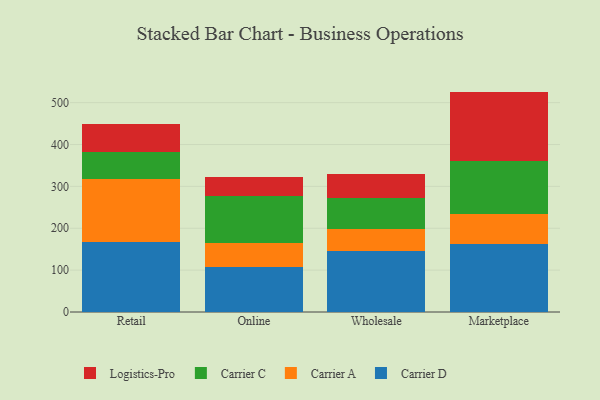
{"axis": {"x": "Channel", "y": "Bounce Rate (%)"}, "legend": ["Carrier A", "Carrier C", "Carrier D", "Logistics-Pro"], "data": [{"x": "Retail", "y": 167.2, "type": "Carrier D"}, {"x": "Retail", "y": 150.3, "type": "Carrier A"}, {"x": "Retail", "y": 64.4, "type": "Carrier C"}, {"x": "Retail", "y": 66.5, "type": "Logistics-Pro"}, {"x": "Online", "y": 108.1, "type": "Carrier D"}, {"x": "Online", "y": 55.9, "type": "Carrier A"}, {"x": "Online", "y": 114.1, "type": "Carrier C"}, {"x": "Online", "y": 43.4, "type": "Logistics-Pro"}, {"x": "Wholesale", "y": 146.2, "type": "Carrier D"}, {"x": "Wholesale", "y": 52.2, "type": "Carrier A"}, {"x": "Wholesale", "y": 74.9, "type": "Carrier C"}, {"x": "Wholesale", "y": 55.3, "type": "Logistics-Pro"}, {"x": "Marketplace", "y": 162.7, "type": "Carrier D"}, {"x": "Marketplace", "y": 71.2, "type": "Carrier A"}, {"x": "Marketplace", "y": 127.8, "type": "Carrier C"}, {"x": "Marketplace", "y": 164.7, "type": "Logistics-Pro"}]}